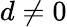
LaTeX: d\neq 0